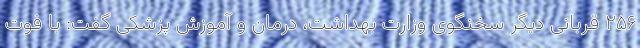
۲۵۶ قربانی دیگر سخنگوی وزارت بهداشت، درمان و آموزش پزشکی گفت: با فوت